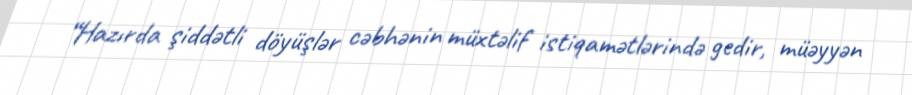
“Hazırda şiddətli döyüşlər cəbhənin müxtəlif istiqamətlərində gedir, müəyyən